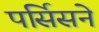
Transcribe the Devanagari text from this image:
पर्सिसने